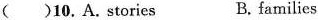
( )10. A. stories B. families